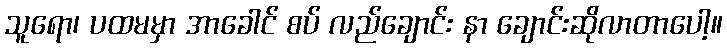
သူရော၊ ပထမမှာ အာခေါင် စပ် လည်ချောင်း နာ ချောင်းဆိုလာတာပေါ့။